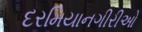
દરમિયાનગીરીઓ